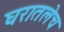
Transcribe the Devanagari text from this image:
घरातलेच